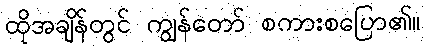
ထိုအချိန်တွင် ကျွန်တော် စကားစပြော၏။